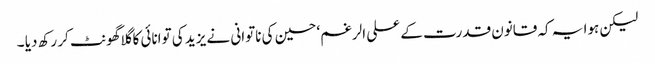
لیکن ہوا یہ کہ قانون قدرت کے علی الرغم‘ حسین کی ناتوانی نے یزید کی توانائی کا گلاگھونٹ کر رکھ دیا ۔